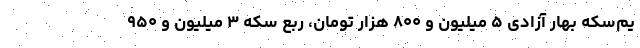
یم‌سکه بهار آزادی ۵ میلیون و ۸۰۰ هزار تومان، ربع سکه ۳ میلیون و ۹۵۰